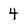
Character: 4